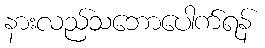
နားလည်သဘောပေါက်ရန်